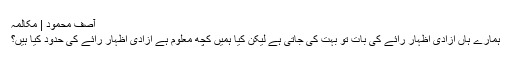
آصف محمود | مکالمہ
ہمارے ہاں آزادی اظہار رائے کی بات تو بہت کی جاتی ہے لیکن کیا ہمیں کچھ معلوم ہے آزادی اظہار رائے کی حدود کیا ہیں؟